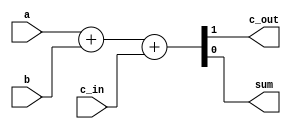
`timescale 1ns / 1ps
//////////////////////////////////////////////////////////////////////////////////
// Company: CSULB
// Engineers: Jose Aceves & Amin Rezaei 
// Design Name: 361_Lab1
// Module Name: FA
// Revision 0.01 - File Created
//////////////////////////////////////////////////////////////////////////////////

module FA(
    input a,
    input b,
    input c_in,
    output c_out,
    output sum
    );
    
    assign {c_out, sum} = a + b + c_in;
endmodule